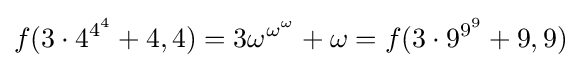
f(3\cdot 4^{4^{4}}+4,4)=3\omega ^{\omega ^{\omega }}+\omega =f(3\cdot 9^{9^{9}}+9,9)